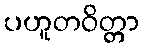
ပဟူတဝိတ္တာ